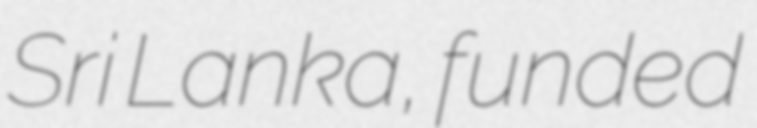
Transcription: Sri Lanka, funded